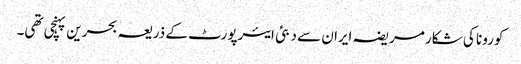
کورونا کی شکار مریضہ ایران سے دبئی ایئرپورٹ کے ذریعہ بحرین پہنچی تھی۔